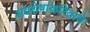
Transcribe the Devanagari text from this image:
अवशेषांकरिताचे